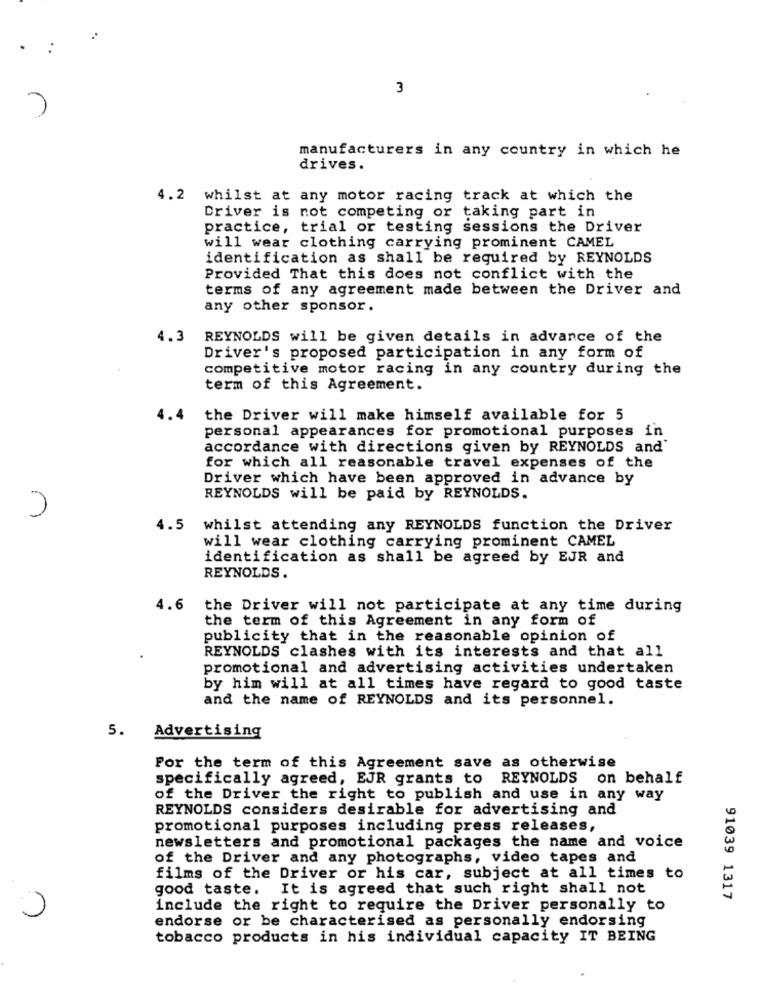
3
manufacturers in any country in which he
drives.
4.2 whilst at any motor racing track at which the
Driver is not competing or taking part in
practice, trial or testing sessions the Driver
will wear clothing carrying prominent CAMEL
identification as shall be required by REYNOLDS
Provided That this does not conflict with the
terms of any agreement made between the Driver and
any other sponsor.
4.3
REYNOLDS will be given details in advance of the
Driver's proposed participation in any form of
competitive motor racing in any country during the
term of this Agreement.
4.4
the Driver will make himself available for 5
personal appearances for promotional purposes in
accordance with directions given by REYNOLDS and'
for which all reasonable travel expenses of the
Driver which have been approved in advance by
REYNOLDS will be paid by REYNOLDS.
4.5
whilst attending any REYNOLDS function the Driver
will wear clothing carrying prominent CAMEL
identification as shall be agreed by EJR and
REYNOLDS .
4.6 the Driver will not participate at any time during
the term of this Agreement in any form of
publicity that in the reasonable opinion of
REYNOLDS clashes with its interests and that all
promotional and advertising activities undertaken
by him will at all times have regard to good taste
and the name of REYNOLDS and its personnel.
5.
Advertising
For the term of this Agreement save as otherwise
specifically agreed, EJR grants to REYNOLDS on behalf
of the Driver the right to publish and use in any way
REYNOLDS considers desirable for advertising and
promotional purposes including press releases,
newsletters and promotional packages the name and voice
of the Driver and any photographs, video tapes and
films of the Driver or his car, subject at all times to
good taste. It is agreed that such right shall not
91039 1317
include the right to require the Driver personally to
endorse or be characterised as personally endorsing
tobacco products in his individual capacity IT BEING